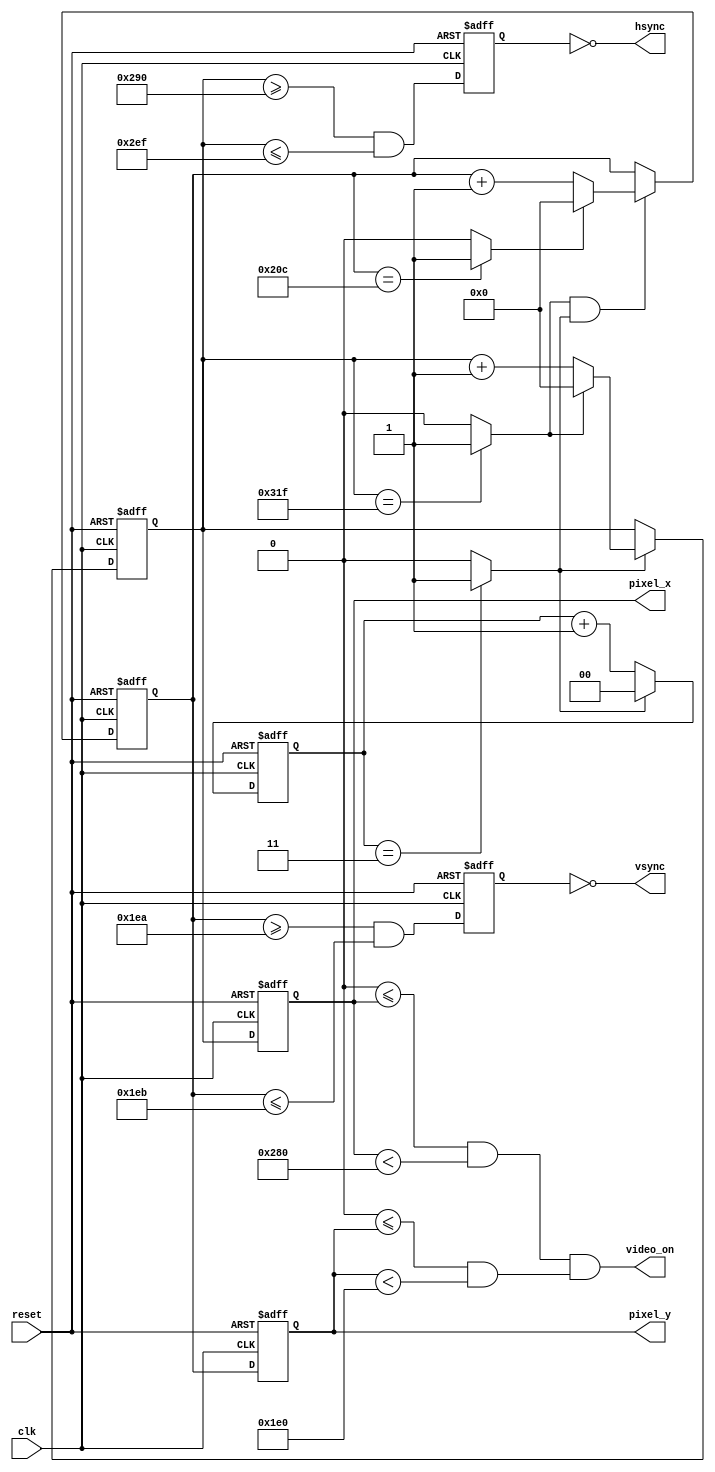
`timescale 1ns / 1ps
//========================================================================
//																								//	
// 	Created by Steven Phan on 2/14/18											//
//		Copyright 2018 Steven Phan. All rights reserved.						//
//																								//
//																								//
//		In submitting this file for class work at CSULB							//	
//		I am confirming that this is my work and the work						//	
// 	of no one else. In subinmitting this code I acknowledge that		//
//		plagiarism in student project work is subject to dismissal 			//
// 	from the class.																	//
//========================================================================
module vga_sync(clk, reset,
					 hsync, vsync
					, pixel_x, pixel_y, video_on
					 );
					 
	input clk, reset;
	
	output reg  [9:0] pixel_x, pixel_y;
	output hsync, vsync, video_on;
	
	wire v_scan_on, h_scan_on;	
	
	// GENERATE A 25MHZ TICK
	// now needed to generate a 40 ns clock
	reg [1:0] count;
	reg [1:0] n_count;
	wire tick;
	
	assign tick = (count == 3) ? 1'b1: 1'b0; //comparator
	
	// state
	always @ (posedge clk, posedge reset) //flop
		if(reset) count <= 2'b0; 
		else 	    count <= n_count;
		
	always @(*)
		n_count = (tick) ? 2'b0: count + 2'b1; //mux
//////////////////////////////////////////////////////////////
	//WIRES AND REGISTERS DECLARATIONS
	
	//Hsync and vsync  counters
	reg [9:0] H_count, nH_count;
	reg [9:0] V_count, nV_count;
	
	// registers for the syncs
	reg H_sync, V_sync;
	wire nV_sync, nH_sync;
	
	// register for the rgb
	reg [11:0] RGB;
	
	//  signal wires
	wire v_end, h_end, high_signal;
///////////////////////////////////////////////////////////////
	
	// registers
	always @(posedge clk, posedge reset)
		if(reset) begin
			 H_count <= 0;
			 V_count <= 0;
			 H_sync <= 0;
			 V_sync <= 0;
		end
	else
		begin
			 H_count <= nH_count;
			 V_count <= nV_count;
			 H_sync  <= nH_sync;
			 V_sync  <= nV_sync;
		end
	
	// assign the wires to be high or low singals
	//assign low_signal = ~tick;
	assign high_signal = tick;
	
	//status sicnals  / COMPARATORS
	assign h_end = (H_count == 799) ? 1'd1: 1'd0;
	assign v_end = (V_count == 524) ? 1'd1: 1'd0;
	
	// -800 horizontal counter
	always @ (*)
		if(high_signal) //25 MHz
			if (h_end) nH_count = 1'b0;
				else 	  nH_count = H_count + 1'b1;
		else 
			nH_count = H_count;
	
	// 525 vertical counter
	always @ (*) 
		if(h_end & high_signal) // 25 MHz
			if (v_end) nV_count = 1'b0;
				else    nV_count = V_count + 1'b1;
		else
			nV_count = V_count;
			
	// horizontal and vertical sync
	assign nH_sync = (H_count >= 656 && 
							H_count <= 751);//751
	assign nV_sync = (V_count >= 490 && 
							V_count <= 491);
		
	// register for assigning the counters
	always @(posedge clk, posedge reset)
		if (reset) begin 
			pixel_x <= 10'b0;
			pixel_y <= 10'b0;
			end
		else begin
		pixel_x <= H_count;
		pixel_y <= V_count; 
		end
	// assign vert and horiz scan on
	assign h_scan_on = (0<= pixel_x &&  pixel_x < 640);
	assign v_scan_on = (0<= pixel_y &&  pixel_y < 480);
	
	// turn video on/off
	assign video_on = h_scan_on && v_scan_on;
	
	
	assign hsync   = ~H_sync;
	assign vsync   = ~V_sync; 

endmodule